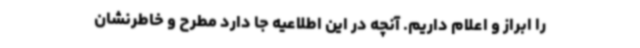
را ابراز و اعلام داریم. آنچه در این اطلاعیه جا دارد مطرح و خاطرنشان